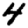
Digit: 4